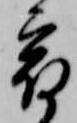
宿